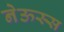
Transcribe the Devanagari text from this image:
नेऊस्स